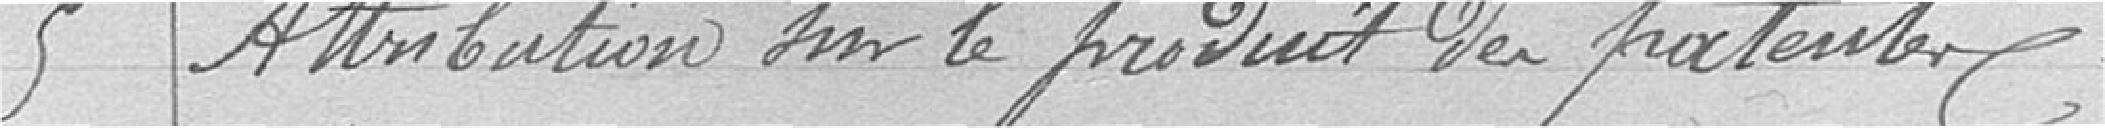
5 / Attribution sur le produit du patenter